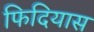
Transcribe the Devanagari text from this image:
फिदियास